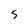
Character: s